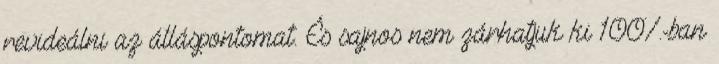
revideálni az álláspontomat. És sajnos nem zárhatjuk ki 100%-ban